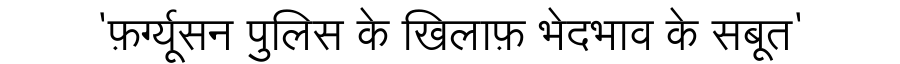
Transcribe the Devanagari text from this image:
'फ़र्ग्यूसन पुलिस के खिलाफ़ भेदभाव के सबूत'